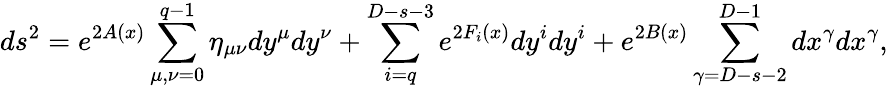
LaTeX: ds^{2}=e^{2A(x)}\sum_{\mu,\nu=0}^{q-1}\eta_{\mu\nu}dy^{\mu}dy^{\nu}+\sum_{i=q}^{D-s-3}e^{2F_{i}(x)}dy^{i}dy^{i}+e^{2B(x)}\sum_{\gamma=D-s-2}^{D-1}dx^{\gamma}dx^{\gamma},